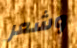
وشعر